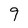
Character: 9